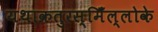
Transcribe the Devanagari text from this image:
यथाक्रतुरस्मिँल्लोके